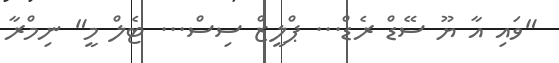
"ވައި އާ ޔޫ ސޭޑް ރެޑް... ޕްލީޒް ސިސް... ޓެލް މީ" ނިމްރާ